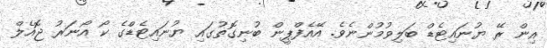
އިން ރޭ ޔުނައިޓެޑް ބަލިވުމުންނެވެ. އޭއެފްޕީން ބުނިގޮތުގައި ޔުނައިޓެޑްގެ ކޯ އޯނަރު ޖޮއެލް